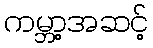
ကမ္ဘာ့အဆင့်